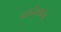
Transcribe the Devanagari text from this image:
बाईसाहेब